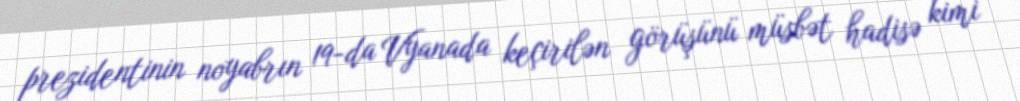
prezidentinin noyabrın 19-da Vyanada keçirilən görüşünü müsbət hadisə kimi